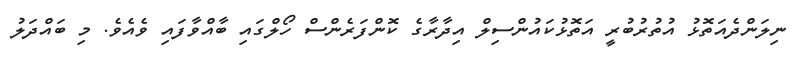
ނިލަންދެއަތޮޅު އުތުރުބުރީ އަތޮޅުކައުންސިލް އިދާރާގެ ކޮންފަރެންސް ހޯލްގައި ބާއްވާފައި ވެއެވެ. މި ބައްދަލު